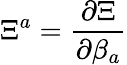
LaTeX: \Xi^{a}=\frac{\partial\Xi}{\partial\beta_{a}}